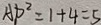
A D ^ { 2 } = 1 + 4 = 5